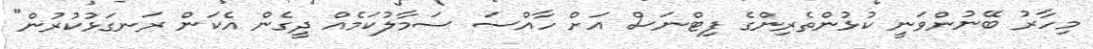
މިހާރު ބޭނުންވަނީ ކުޅުންތެރިންގެ ފިޓްނަސް އަށް ހާއްސަ ސަމާލުކަމެއް ދީގެން އެކަން ރަނގަޅުކުރުން"